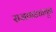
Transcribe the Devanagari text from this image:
राजवाड्यातून